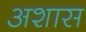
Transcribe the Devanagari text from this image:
अशास